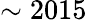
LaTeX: \sim 2015